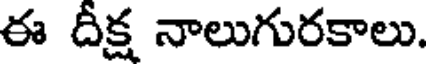
ఈ దీక్ష నాలుగురకాలు.